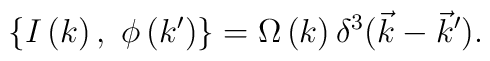
\{I\left( k\right) ,\ \phi \left( k^{\prime }\right) \}=\Omega \left(k\right) \delta ^3(\vec k-\vec k^{\prime }).